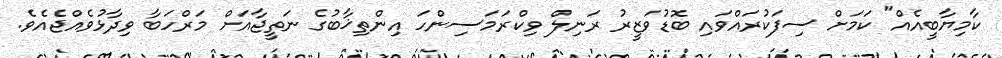
ކާމިޔާބީއެއް" ކަމަށް ސިފަކުރައްވައި ބޮޑުވަޒީރު ރަނިލް ވިކްރަމަސިންހަ އިންތިޚާބުގެ ނަތީޖާއަށް މަރްހަބާ ވިދާޅުވެއްޖެއެވެ.